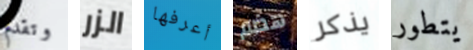
وتقدم الزر أعرفها هضم يذكر يتطور